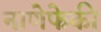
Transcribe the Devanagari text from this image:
नाणेफेकी